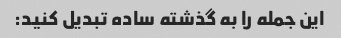
این جمله را به گذشته ساده تبدیل کنید: